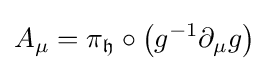
A_{\mu }=\pi _{\mathfrak {h}}\circ \left(g^{-1}\partial _{\mu }g\right)